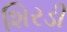
શિરડી